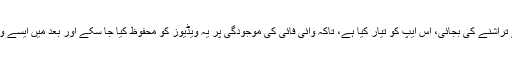
یوٹیوب کا کہنا ہے کہ بھارت کے لیے اپنے بنیادی پروڈکٹ کو بھارتی صارفین کے لیے تراشنے کی بجائی، اس ایپ کو تیار کیا ہے، تاکہ وائی فائی کی موجودگی پر یہ ویڈیوز کو محفوظ کیا جا سکے اور بعد میں ایسے وقت میں جب انٹرنیٹ دستیاب نہ ہو، ان ویڈیوز کو بغیر کسی دشواری کے دیکھا جا سکے۔